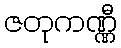
ဇတုကဏ္ဏီ